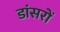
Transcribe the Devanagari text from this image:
डांसरों